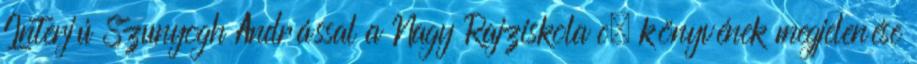
Interjú Szunyogh Andrással a Nagy Rajziskola c. könyvének megjelenése